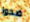
ضحوا